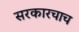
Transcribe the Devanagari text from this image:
सरकारचाच